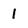
Character: 1